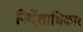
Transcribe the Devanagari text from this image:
निर्देशाधिकार